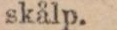
skålp.